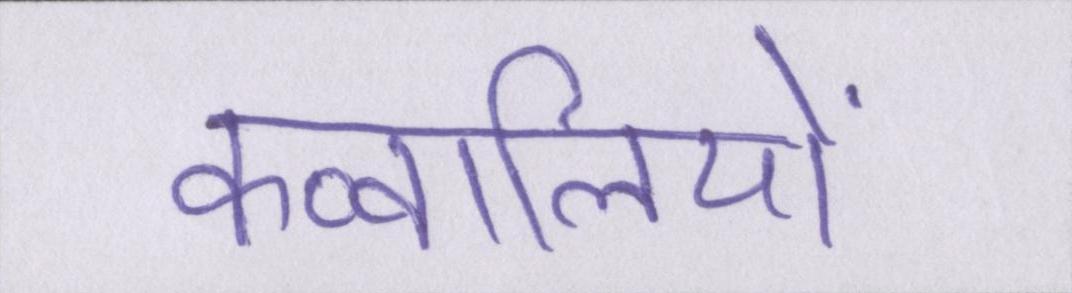
कव्वालियों